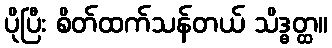
ပိုပြီး စိတ်ထက်သန်တယ် သိဒ္ဓတ္ထ။